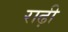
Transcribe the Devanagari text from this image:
राढ़ी